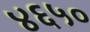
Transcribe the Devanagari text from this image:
४६५०